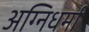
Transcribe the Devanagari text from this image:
अग्निधर्मा